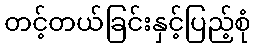
တင့်တယ်ခြင်းနှင့်ပြည့်စုံ